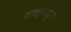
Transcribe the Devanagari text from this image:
वादामधून